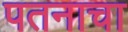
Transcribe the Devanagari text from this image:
पतनाचा